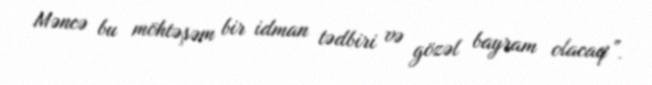
Məncə bu möhtəşəm bir idman tədbiri və gözəl bayram olacaq”.